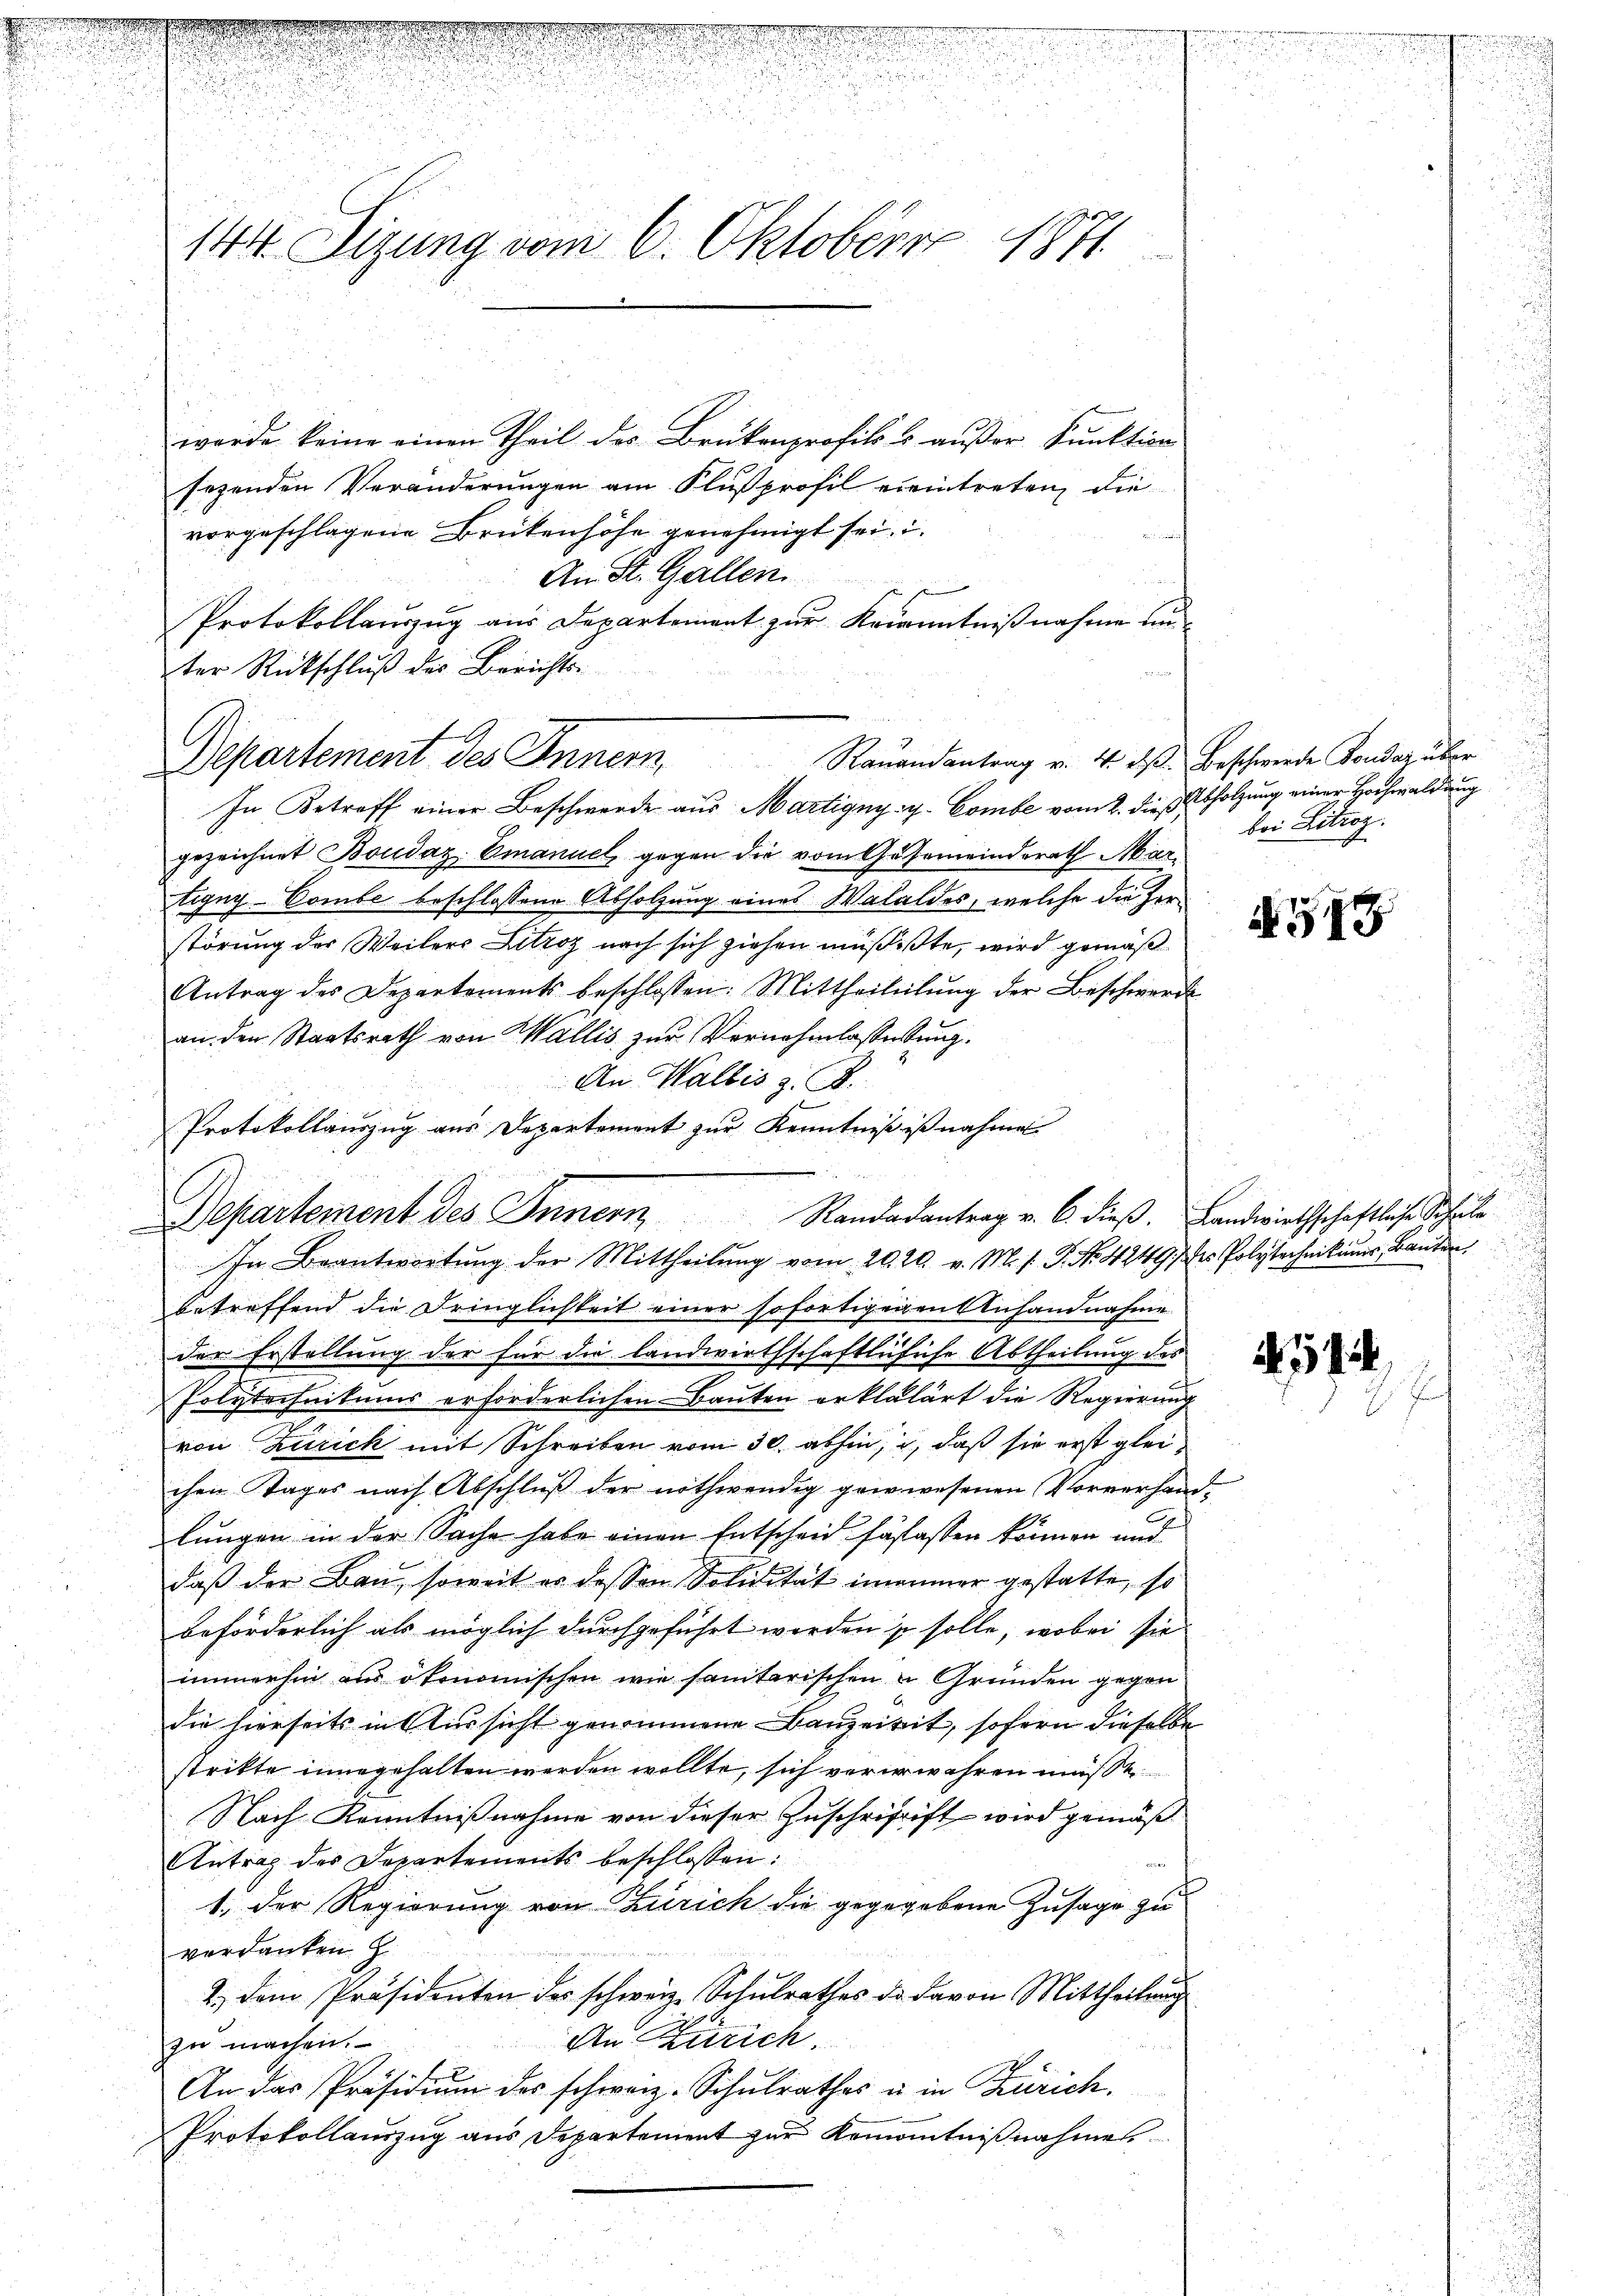
.

wurde keine einen Theil des Brukenprofils & außer Funktion
sezenden Veränderungen am Flußprofil ereintreten, die
vorgeschlagene Brütenhöhe genehmigt sei.
An St. Gallen.
zu se
Protokollauszug aus Departement zur Kranntnißnahme un¬
2ter Rückschluß des Berichts-
In Betreff einer Beschwerde aus Martigny- y. Combe vom 2. dieß Abholzung einer Hochwaldung
gezeichnet Boudaz. Emanuel gegen die vom Gasemeinderath Martigny-Combe beschlossene Abholzung eines Walaldes, welche die Herstörung der Weilers Litzoz nach sich ziehen müßiste, wird gemäß
Antrag des Departements beschlossen: Mittheilŭlŭng der Beschwerde
an den Staatsrath von Wallis zur Vernehmlasserung.
An Wallis z. B.
Protokollauszug aus Departement zur Kenntniß ist nahme
In Beantwortŭng der Mittheilŭng vom 20. 20. v. M. s. P. No 4249, der Polytechnikums Bauten.
betreffend die Dringlichkeit einer sofortigenen Anhandnahme
der Erstellung der für die landwirthschaftlicliche Abtheilung des
Polytechnikums erforderlichen Bauten erklälärt die Regierung
von Zürich mit Schreiben vom 30. abhin, daß sie erst gleichen Tages nach Abschluß der nothwendig gewiesenen Vorverhand
lungen in der Sache habe einen Entscheid fäslassen können und
daß der Bau, soweit es dessen Solidität immer gestatte, so
beförderlich als möglich durchgeführt werden ist solle, wobei sie
immerhin aus ökonomischen wie sanitarischen u Gründen gegen
die hierseits in Aussicht genommene Bauzeirit, sofern dieselbe
stritte innegehalten werden wollte, sich vererwehren müße
Nach Kenntnißnahme von dieser Zuschriftift wird gemäß
Antrag des Departements beschlossen:
1
1. Der Regierung von Zürich die gegegebene Zusage zu
verdanken
2.) Dem Präsidenten des schweiz. Schulrathes de davon Mittheilung
An Zürich.
zu machen.
An das Präsidiŭm des schweiz. Schulrathes u. in Zürich.
Protokollauszug aus Departement zur Remontnißnahmes

144. Sizung vom 6. Oktober 1871

Departement des Innern. Stauendantrag v. 4. des Beschwerde Fonder über

Departement des Innern Randadantrag v. 6. dieß. Landwirthschaftliche Schul¬

S. 28. 719
dheit als erlesen sie die sichen in der einen
s

u

bei Litzoz.

548

4